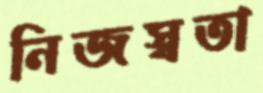
নিজস্বতা